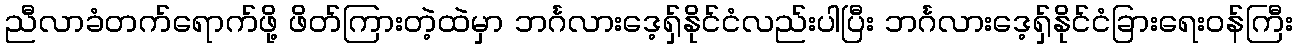
ညီလာခံတက်ရောက်ဖို့ ဖိတ်ကြားတဲ့ထဲမှာ ဘင်္ဂလားဒေ့ရှ်နိုင်ငံလည်းပါပြီး ဘင်္ဂလားဒေ့ရှ်နိုင်ငံခြားရေးဝန်ကြီး